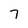
Character: 7